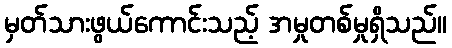
မှတ်သားဖွယ်ကောင်းသည့် အမှုတစ်မှုရှိသည်။